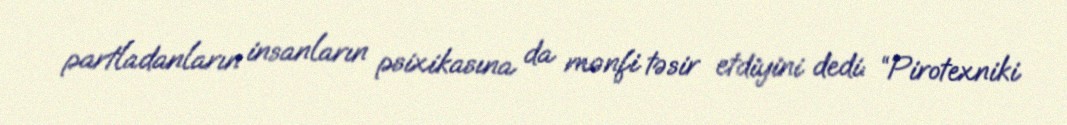
partladanların insanların psixikasına da mənfi təsir etdiyini dedi: “Pirotexniki